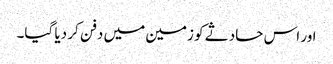
اور اس حادثے کو زمین میں دفن کر دیا گیا۔